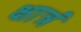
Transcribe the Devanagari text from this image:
क्षात्रं